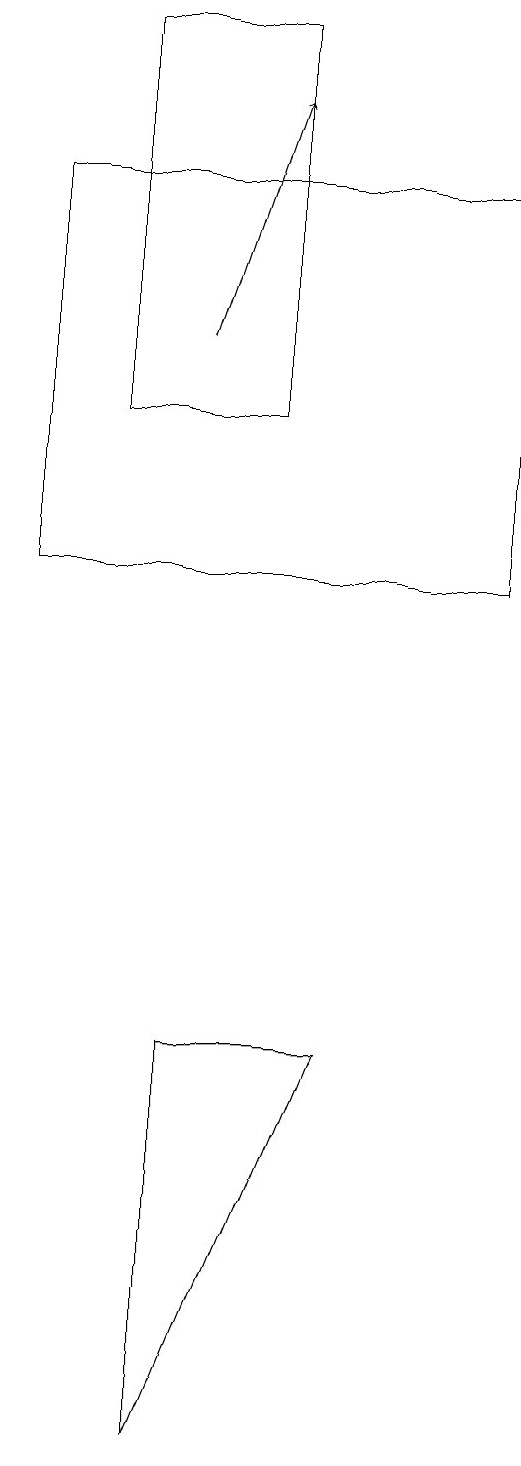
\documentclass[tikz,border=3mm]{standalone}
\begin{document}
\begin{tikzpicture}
\draw (3,12) rectangle (9,17);
\draw[->] (5,15) -- (6,18);
\draw (7,6) -- (5,1) -- (5,6) -- cycle;
\draw (4,14) rectangle (6,19);
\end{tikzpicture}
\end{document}